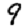
Digit: 9